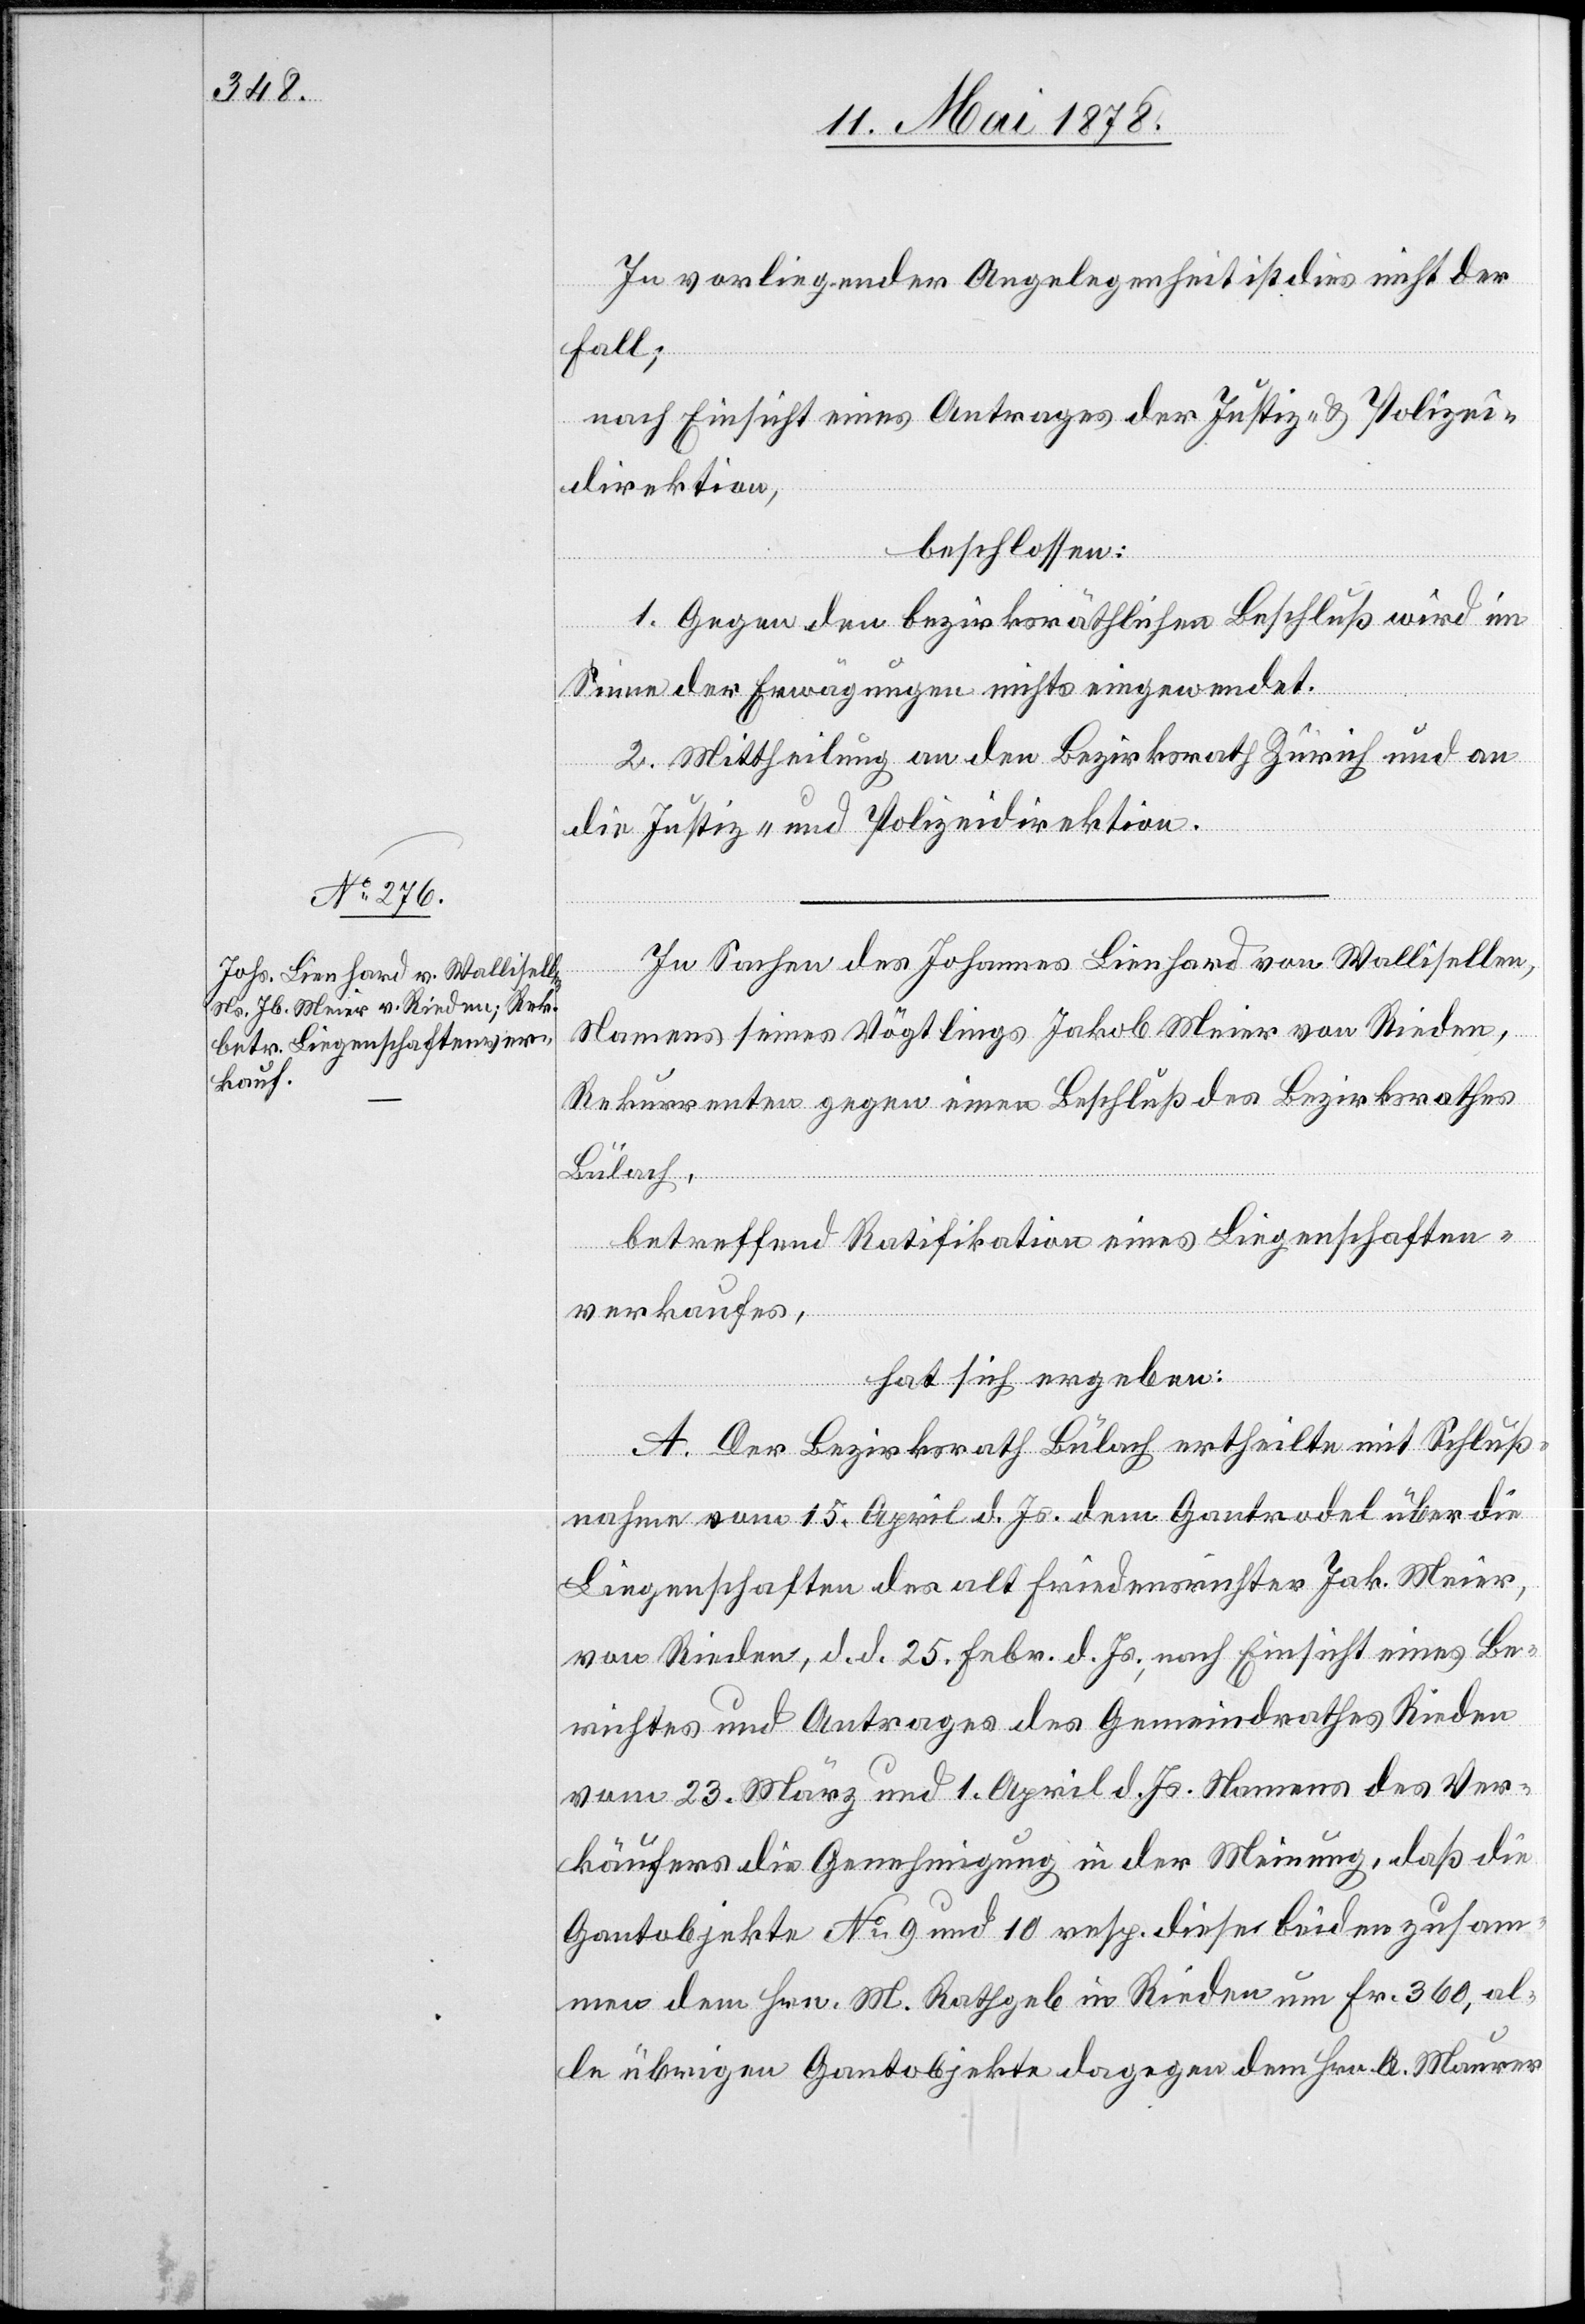
In vorliegender Angelegenheit ist dies nicht der
Fall;
nach Einsicht eines Antrages der Justiz- & Polizei¬
direktion,
beschlossen:
1. Gegen den bezirksräthlichen Beschluß wird im
Sinne der Erwägungen nichts eingewendet.
2. Mittheilung an den Bezirksrath Zürich und an
die Justiz- und Polizeidirektion.
In Sachen des Johannes Lienhard von Wallisellen,
Namens seines Vögtlings Jakob Meier von Rieden,
Rekurrenten gegen einen Beschluß des Bezirksrathes
Bülach,
betreffend Ratifikation eines Liegenschaften¬
verkaufes,
hat sich ergeben:
A. Der Bezirksrath Bülach ertheilte mit Schluß¬
nahme vom 15. April d. Js. dem Gantrodel über die
Liegenschaften des alt Friedensrichter Jak. Meier,
von Rieden, d. d. 25. Febr. d. Js., nach Einsicht eines Be¬
richtes und Antrages des Gemeindrathes Rieden
vom 23. März und 1. April d. Js. Namens des Ver¬
käufers die Genehmigung in der Meinung, daß die
Gantobjekte No 9 und 10 resp. diese beiden zusam¬
men dem Hrn. M. Rathgeb in Rieden um Fr. 360, al¬
le übrigen Gantobjekte dagegen dem Hrn. A. Maurer